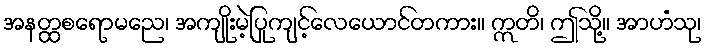
အနတ္ထစရောမညေ၊ အကျိုးမဲ့ပြုကျင့်လေယောင်တကား။ ဣတိ၊ ဤသို့။ အာဟံသု၊